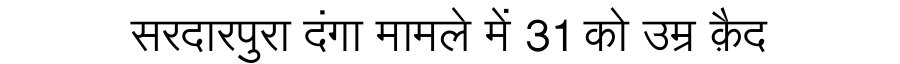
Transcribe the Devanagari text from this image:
सरदारपुरा दंगा मामले में 31 को उम्र क़ैद